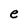
Character: e